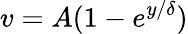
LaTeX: v=A(1-e^{{y}/{\delta}})